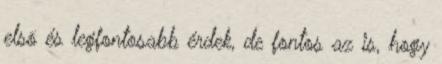
elsõ és legfontosabb érdek, de fontos az is, hogy